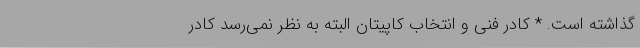
گذاشته است. * کادر فنی و انتخاب کاپیتان البته به نظر نمی‌رسد کادر